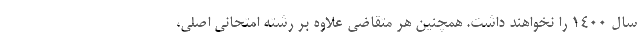
سال ۱۴۰۰ را نخواهند داشت. همچنین هر متقاضی علاوه بر رشته امتحانی اصلی،